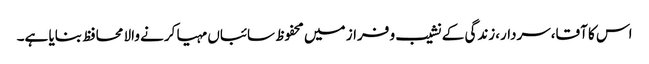
اس کا آقا،سردار،زندگی کے نشیب و فراز میں محفوظ سائباں مہیا کرنے والا محافظ بنایا ہے۔